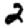
Digit: 2